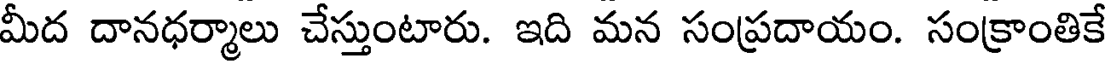
మీద దానధర్మాలు చేస్తుంటారు. ఇది మన సంప్రదాయం. సంక్రాంతికే